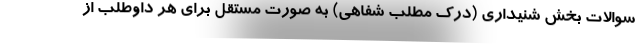
سوالات بخش شنیداری (درک مطلب شفاهی) به صورت مستقل برای هر داوطلب از